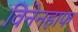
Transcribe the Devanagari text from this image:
विनेनहाफ